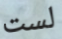
لست